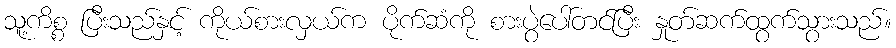
သူ့ကိစ္စ ပြီးသည်နှင့် ကိုယ်စားလှယ်က ပိုက်ဆံကို စားပွဲပေါ်တင်ပြီး နှုတ်ဆက်ထွက်သွားသည်။